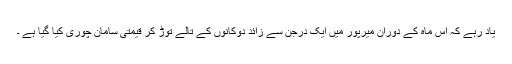
یاد رہے کہ اس ماہ کے دوران میرپور میں ایک درجن سے زائد دوکانوں کے تالے توڑ کر قیمتی سامان چوری کیا گیا ہے ۔